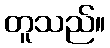
တူသည်။